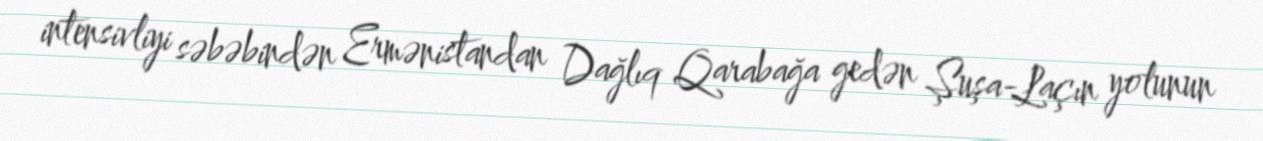
intensivliyi səbəbindən Ermənistandan Dağlıq Qarabağa gedən Şuşa-Laçın yolunun